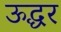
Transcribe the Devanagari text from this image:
ऊद्धर